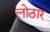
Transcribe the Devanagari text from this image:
लोठार